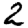
Digit: 2